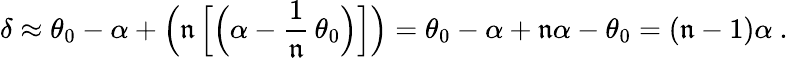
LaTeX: \delta\approx\theta_{0}-\alpha+{\Big(}\mathfrak{n}\, {\Big[}{\Big(}\alpha-{\frac{{1}}{{\mathfrak{n}}}}\, \theta_{0}{\Big)}{\Big]}{\Big)}=\theta_{0}-\alpha+\mathfrak{n}\alpha-\theta_{0}=(\mathfrak{n}-1)\alpha\ .